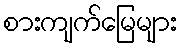
စားကျက်မြေများ